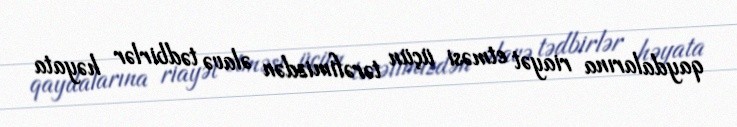
qaydalarına riayət etməsi üçün tərəfimizdən əlavə tədbirlər həyata